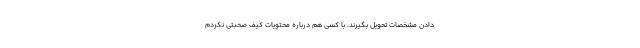
دادن مشخصات تحویل بگیرند. با کسی هم درباره محتویات کیف صحبتی نکردم